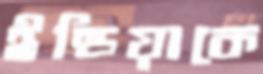
ইন্ডিয়াকে